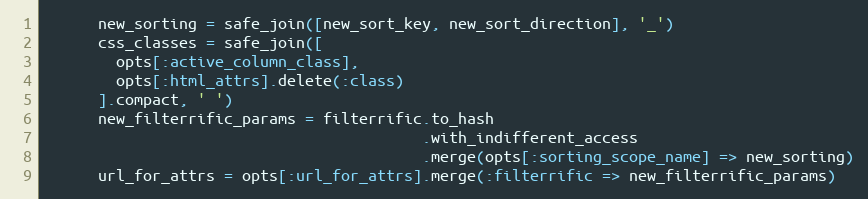
Language: Ruby
      new_sorting = safe_join([new_sort_key, new_sort_direction], '_')
      css_classes = safe_join([
        opts[:active_column_class],
        opts[:html_attrs].delete(:class)
      ].compact, ' ')
      new_filterrific_params = filterrific.to_hash
                                          .with_indifferent_access
                                          .merge(opts[:sorting_scope_name] => new_sorting)
      url_for_attrs = opts[:url_for_attrs].merge(:filterrific => new_filterrific_params)